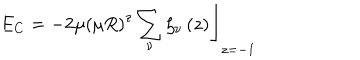
E _ { C } = - 2 \mu \left. \left( \mu R \right) ^ { z } \sum _ { \nu } \zeta _ { \nu } \left( z \right) \right\rfloor _ { z = - 1 }